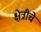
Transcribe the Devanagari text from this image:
क्षेत्रीचे